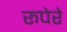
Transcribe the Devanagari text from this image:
रूपेरे